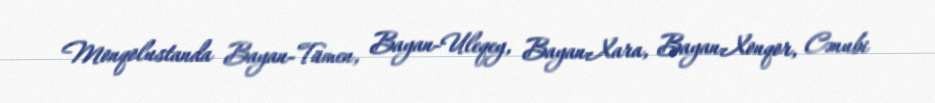
Monqolustanda Bayan-Tümen, Bayan-Uleqey, Bayan-Xara, Bayan-Xonqor, Cənubi